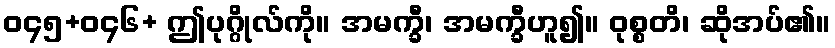
ဝ၄၅+ဝ၄၆+ ဤပုဂ္ဂိုလ်ကို။ အမက္ခီ၊ အမက္ခီဟူ၍။ ဝုစ္စတိ၊ ဆိုအပ်၏။